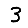
Digit: 3